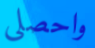
واحصلي